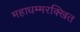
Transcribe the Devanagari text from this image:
महाधम्मरक्खित